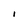
Character: I